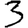
Digit: 3